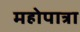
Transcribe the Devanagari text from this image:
महोपात्रा